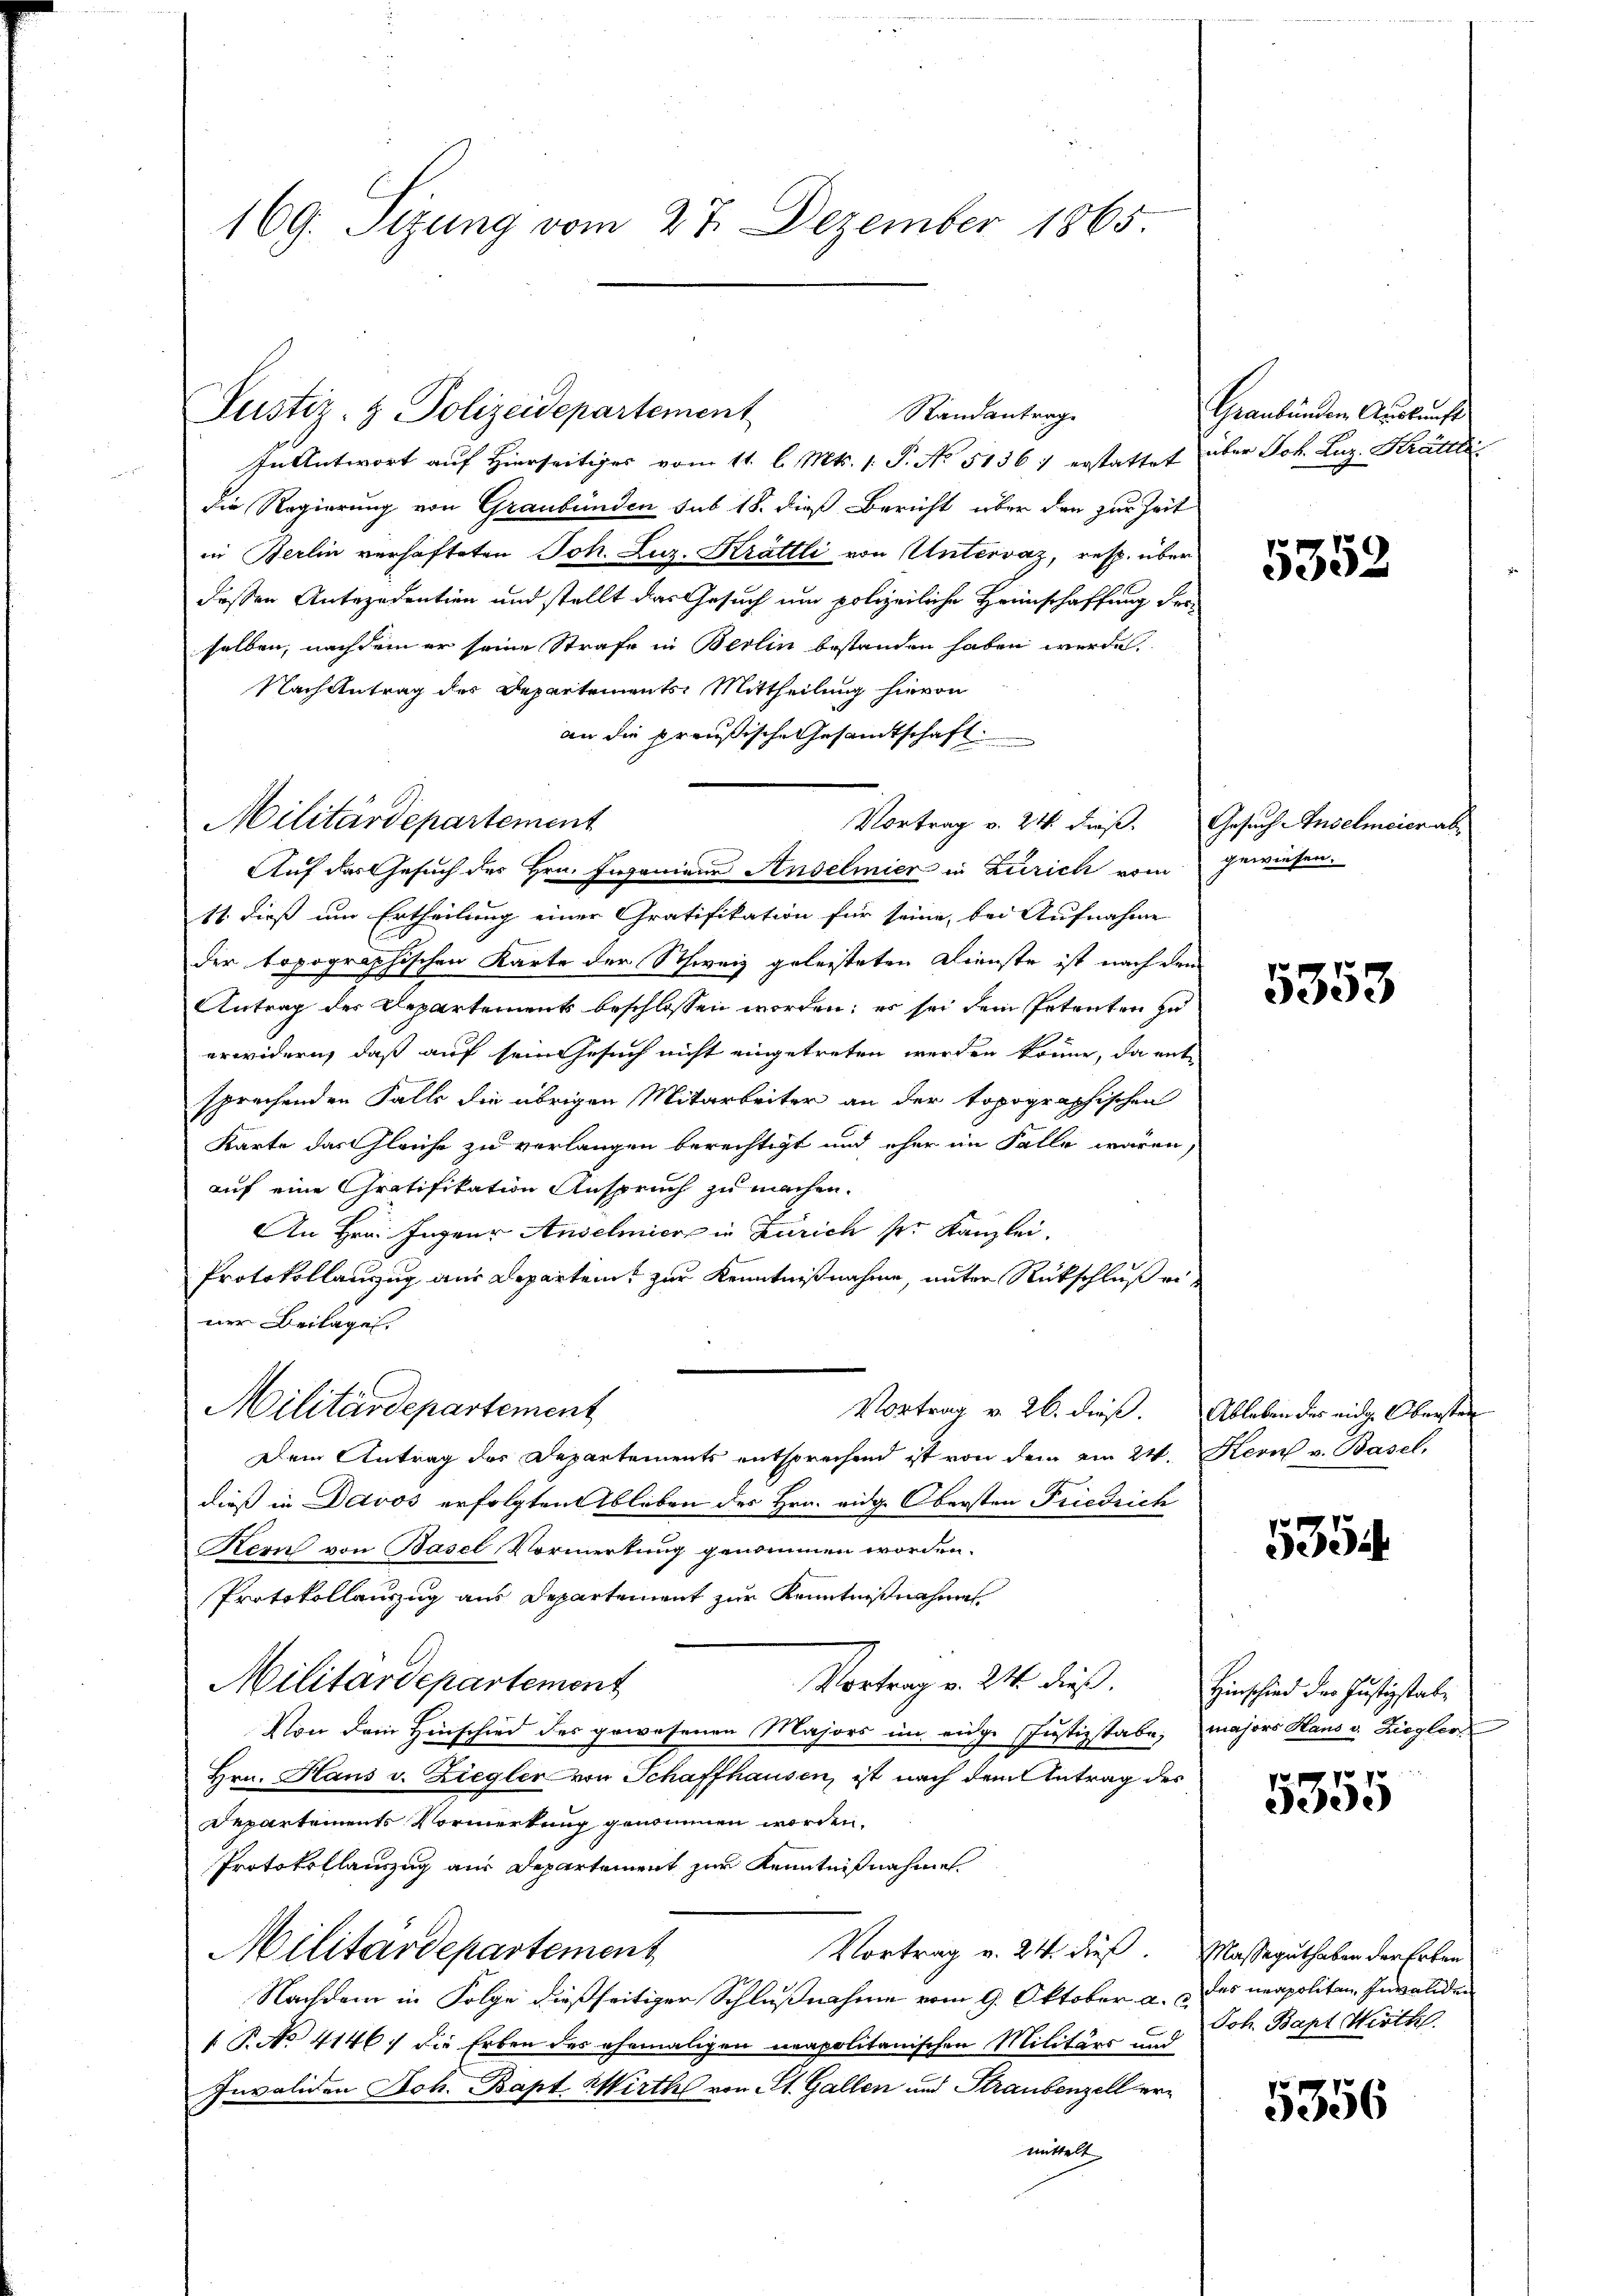
169. Sizung vom 27. Dezember 1865.

In Antwort auf Hierseitiger vom 11. l. Mts. 1. P. No. 5136: erstattet über Joh. Luz. Krättli
die Regierung von Graubünden sub 18. dieß Bericht über den zur Zeit
in Berlin verhafteten Joh. Luz. Krättli von Untervaz, resp. über
deßen Antezedention und stellt das Gesuch um polizeiliche Heimschaffung der
selben, nachdem er seine Strafe in Berlin bestanden haben werde.
Nach Antrag des Departements Mittheilung hievon
an die preußische Gesandtschaft
11. dieß um Ertheilung einer Gratifikation für seine, bei Aufnahme
der topographischen Karte der Schweiz geleisteten Dienste ist nach dem
Antrag des Departement beschlossen worden; es sei dem Petenten zu
erwidern, daß auf sein Gesuch nicht eingetreten werden könne, da ent-
sprechenden Falle die übrigen Mitarbeiter an der topographischen
Karte das Gleiche zu verlangen berechtigt und eher im Falle waren,
auf eine Gratifikation Anspruch zu machen.
An Hrn. Jagen Anselmier in Zürich pr. Kanzlei.
Protokollanzug aus Departen zur Kenntnißnahme, unter Rückschluß einer Beilagen.
Militärdepartement
Vortrag v. 26. dieß. Ableben des eidge Obersten
Dem Antrag des Departements entsprechend ist von dem am 24. Kern v. Basel,
dieß in Davos erfolgten Ableben des Hrn. eidg. Obersten Friedrich
Kern von Basel Vormerkung genommen worden.
Protokollauszug aus Departement zur Kenntnißnahme
Militärdepartement
Vortrag v. 24. dieß. Hinschied der Justizstabe
Von dem Hinschied des gewesenen Majors im eidge Justizstabe; majors Haus v. Ziegler
Hrn. Haus v. Ziegler von Schaffhausen, ist nach dem Antrag des
Departements Vormerkung genommen worden,
Protokollanzug aus Departement zur Kenntnißnahme
Militärdepartement
Vortrag v. 24. dieß. Masseguthaben der Erben
Nachdem in Folge dießseitiger Schlußnahme vom 9. Oktober a. des neapoliten Invaliden
 P. No. 4146. die Erben des ehemaligen neapolitanischen Militärs und
Invaliden Joh. Bapt. Wirth von St. Gallen und Straubenzell ermittelt

Justiz- & Polizeidepartement

Militärdepartement
Auf das Gesuch des Hrn. Ingeniene Anselmier in Zürich vom gewiesen.

Randantrag

Vortrag v. 24. dieß.

Graubünden Auskunft

5352

Gesuch Anselmeier ab¬

5353

5354

f 9 x
535.

Joh. Bapt. Wirth

5356